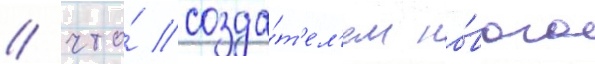
/ что́ созда́т'ел'ем но́вого